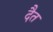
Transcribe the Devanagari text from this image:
दैत